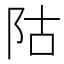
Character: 𱀆